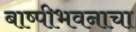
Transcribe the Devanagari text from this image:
बाष्पीभवनाचा